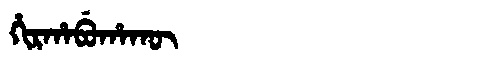
Manchu: ᡥᡳᡵᡥᠠᠪᡠᡥᠠᡴᡡ
Romanization: HIRHABUHAKŪ